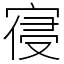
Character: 寑